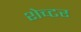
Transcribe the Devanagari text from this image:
शेच्टर